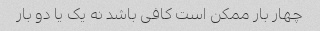
چهار بار ممکن است کافی باشد نه یک یا دو بار